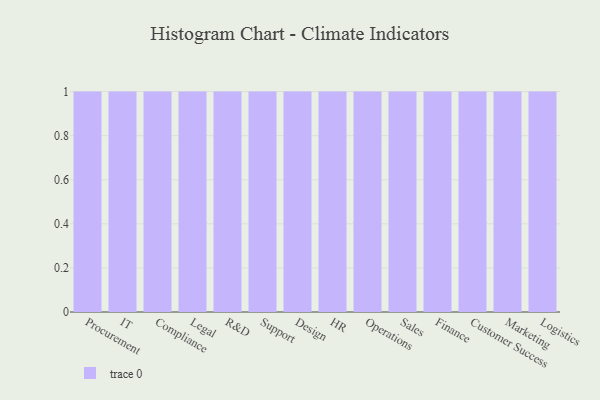
{"axis": {"x": "Department", "y": "Bounce Rate (%)"}, "legend": [""], "data": [{"x": "Procurement", "y": 11, "type": ""}, {"x": "IT", "y": 23, "type": ""}, {"x": "Compliance", "y": 97, "type": ""}, {"x": "Legal", "y": 82, "type": ""}, {"x": "R&D", "y": 89, "type": ""}, {"x": "Support", "y": 27, "type": ""}, {"x": "Design", "y": 8, "type": ""}, {"x": "HR", "y": 12, "type": ""}, {"x": "Operations", "y": 90, "type": ""}, {"x": "Sales", "y": 10, "type": ""}, {"x": "Finance", "y": 87, "type": ""}, {"x": "Customer Success", "y": 77, "type": ""}, {"x": "Marketing", "y": 25, "type": ""}, {"x": "Logistics", "y": 96, "type": ""}]}